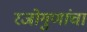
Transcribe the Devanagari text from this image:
रजोगुणांचा